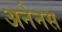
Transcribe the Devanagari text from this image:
अनेनस